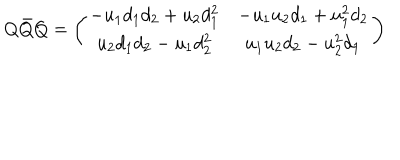
Q \bar { Q } Q = \left( \begin{array} { c c } { { - u _ { 1 } d _ { 1 } d _ { 2 } + u _ { 2 } d _ { 1 } ^ { 2 } } } & { { - u _ { 1 } u _ { 2 } d _ { 1 } + u _ { 1 } ^ { 2 } d _ { 2 } } } \\ { { u _ { 2 } d _ { 1 } d _ { 2 } - u _ { 1 } d _ { 2 } ^ { 2 } } } & { { u _ { 1 } u _ { 2 } d _ { 2 } - u _ { 2 } ^ { 2 } d _ { 1 } } } \\ \end{array} \right)